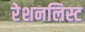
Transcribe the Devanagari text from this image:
रेशनलिस्ट